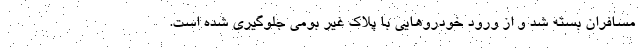
مسافران بسته شد و از ورود خودروهایی با پلاک غیر بومی جلوگیری شده است.